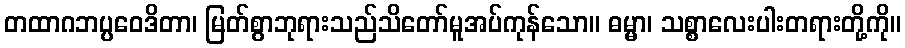
တထာဂဘပ္ပဝေဒိတာ၊ မြတ်စွာဘုရားသည်သိတော်မူအပ်ကုန်သော။ ဓမ္မာ၊ သစ္စာလေးပါးတရားတို့ကို။